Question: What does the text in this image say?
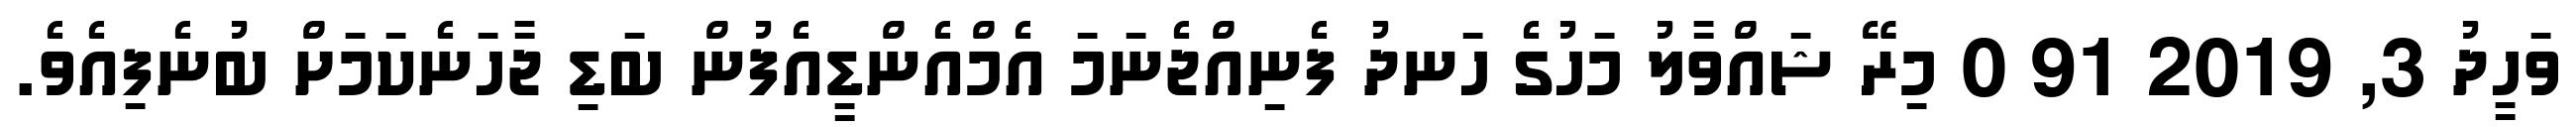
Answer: ވަހީދު 3, 2019 91 0 މިރޭ ޝައްވާލު މަހުގެ ހަނދު ފެނިއްޖެނަމަ އެމްއެންޑީއެފުން ބަޑި ޖާހަނެކަމަށް ބުނެފިއެވެ.